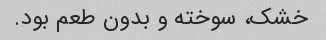
خشک، سوخته و بدون طعم بود.